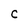
Character: C